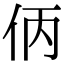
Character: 㑂